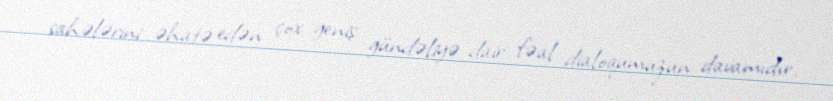
sahələrini əhatə edən çox geniş gündəliyə dair fəal dialoqumuzun davamıdır.